Annual report of the Punjab Veterinary College and of the Civil Veterinary Department, Punjab - 1909-1919
Year: 1909
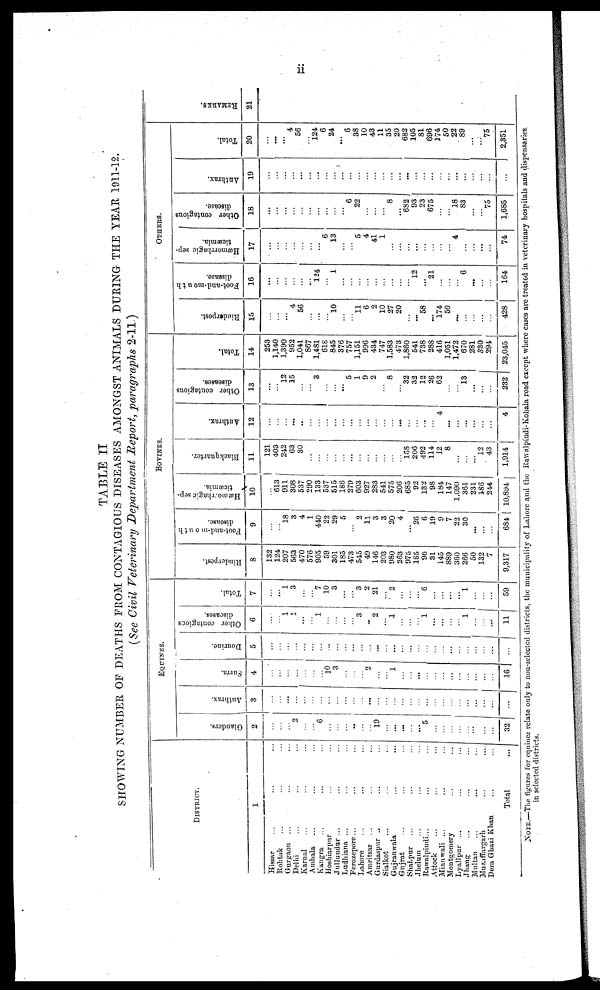
ii
TABLE II
SHOWING NUMBER OF DEATHS FROM CONTAGIOUS DISEASES AMONGST ANIMALS DURING THE YEAR 1911-12.
(See Civil Veterinary Department Report, paragraphs 2-11.)
DISTRICT.
1
Hissar ... ... ...
Rohtak ... ... ...
Gurgaon ... ... ...
Delhi ... ... ...
Karnal ... ... ...
Ambala ... ... ...
Kangra ... ... ...
Hoshiarpur ... ... ...
Jullundur ... ... ...
Ludhiana ... ... ...
Ferozepore ... ... ...
Lahore ... ... ...
Amristar ... ... ...
Gurdaspur ... ... ...
Sialkot ... ... ...
Gujranwala ... ... ...
Gujrat ... ... ...
Shalpur ... ... ...
Jhelum .. ... ...
Bawalpindi ... ... ...
Attock ... ... ...
Mianwali ... ... ...
Montgomery ... ...
Lyallpur ...... ...
Jhang ... ... ...
Multan ... ... ...
Muzaffargarh ... ...
Dera Ghazi Khan ... ...
Total ...
EQUINES.
Glanders.
2
...
...
...
2
...
...
6
...
...
...
... ...
...
19
...
...
...
...
...
5
...
...
...
...
...
...
...
...
32
Anthrax.
3
...
...
...
...
...
...
...
...
...
...
...
...
...
...
...
...
...
...
...
...
...
...
...
...
...
...
...
...
...
Surra.
4
...
...
...
...
...
...
...
10
3
...
...
...
2
...
...
1
...
...
...
...
...
...
...
...
...
...
...
...
16
Dourine.
5
...
...
...
...
...
...
...
...
...
...
...
...
...
...
...
...
...
...
...
......
...
...
...
...
...
...
...
...
...
Other contagious
diseases.
6
...
...
1
1
...
...
1
...
...
...
...
3
...
2
...
1
...
...
...
1
...
...
...
...
1
...
...
...
11
Total.
7
...
...
1
3
...
...
7
10
3
...
...
3
2
21
...
2
...
...
...
6
...
...
...
...
1
...
...
...
59
BOVINES.
Rinderpest.
8
132
124
207
563
470
576
905
59
301
185
473
545
49
146
203
980
263
975
185
96
31
145
889
360
266
50
132
7
9,317
Foot-and-mouth
disease.
9
...
...
18
3
4
1
440
22
29
5
...
2
11
3
3
20
4
...
26
6
19
9
7
22
30
...
...
...
684
Hæmorrhagic sep-
ticæmia.
10
...
613
911
308
537
290
133
537
515
186
279
603
927
283
541
575
206
685
92
182
98
184
147
1,090
361
231
186
244
10,894
Blackquarter.
11
121
403
242
63
30
...
...
...
...
...
...
...
...
...
...
...
... 168
206
492
114
12
8
...
...
...
12
43
1,914
Anthrax.
12
...
...
...
...
...
...
...
...
...
...
...
...
...
...
...
...
...
...
...
...
...
4
...
...
...
...
...
...
4
Other contagious
diseases.
13
...
...
12
15
...
...
3
...
...
... 5
1
9
2
...
8
... 32
32
12
26
62
...
...
13
...
...
...
232
Total.
14
253
1,140
1,390
952
1,041
867
1,481
618
845
376
757
1,151
996
434
747
1,583
473
1,860
541
738
288
416
1,051
1,472
670
281
330
294
23,045
OTHERS.
Rinderpest.
15
...
...
...
4
56
...
...
...
10
...
...
11
6
2
10
27
20
...
...
58
...
174
50
...
...
...
...
...
428
Foot-and-mouth
disease.
16
...
...
...
...
...
...
124
...
1
...
...
...
...
...
...
...
...
...
12
...
21
...
...
...
6
...
...
...
164
Hæmorrhagic sep-
ticæmia.
17
...
...
...
...
...
...
...
6
13
...
...
5
4
41
1
...
...
...
...
...
...
...
...
4
...
...
...
...
74
Other contagious
disease.
18
...
...
...
...
...
...
...
...
...
...
6
22
...
...
...
8
... 682
93
23
675
...
...
18
83
...
...
75
1,685
Anthrax.
19
...
...
...
...
...
...
...
...
...
...
...
...
...
...
...
...
...
...
...
...
...
...
...
...
...
...
...
...
...
Total.
20
...
...
...
4
56
...
...
6
24
... 6
38
10
43
11
35
20
682
105
81
696
174
50
22
89
...
...
75
2,351
RE MARKS .
21
NOTE.—The figures for equines relate only to non-selected districts, the municipality of Lahore and the Rawalpíndi-Kohala road except where cases are treated in veterinary hospitals and dispensaries
in selected districts.